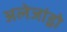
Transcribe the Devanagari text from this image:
अलेजांड्रो